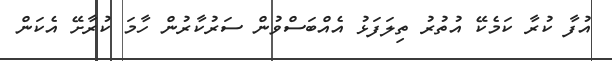
އުފާ ކުރާ ކަމެކޭ އުތުރު ތިލަފަޅު އެއްބަސްވުން ސަރުކާރުން ހާމަ ކުރާށޭ އެކަން